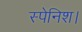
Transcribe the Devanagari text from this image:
स्पेनिश।